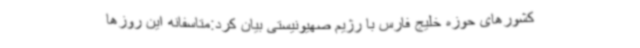
کشورهای حوزه خلیج فارس با رژیم صهیونیستی بیان کرد:متاسفانه این روزها